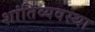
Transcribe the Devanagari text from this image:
शांतिव्यवस्था